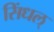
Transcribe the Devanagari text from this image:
सिंधल्